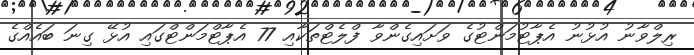
ރިލްވާނު އުޅުނު އެޕާޓުމަންޓުގެ ވަށައިގެންވާ ފްލެޓްތަކާއި 77 އެޕާޓްމަންޓްގައި އުޅޭ ގިނަ ބައެއްގެ